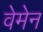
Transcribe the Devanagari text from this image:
वेमेन